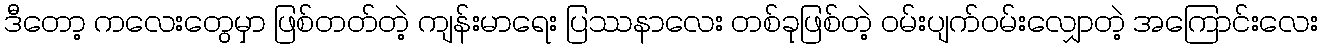
ဒီတော့ ကလေးတွေမှာ ဖြစ်တတ်တဲ့ ကျန်းမာရေး ပြဿနာလေး တစ်ခုဖြစ်တဲ့ ဝမ်းပျက်ဝမ်းလျှောတဲ့ အကြောင်းလေး